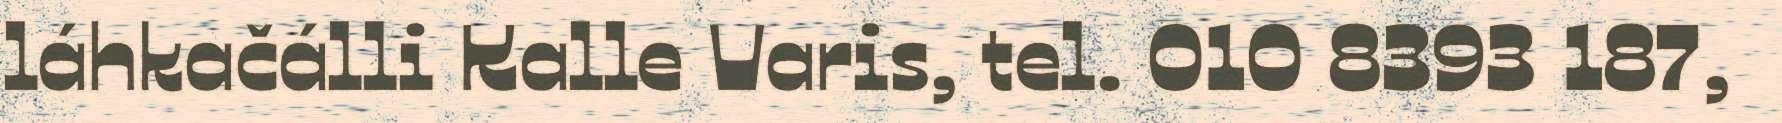
láhkačálli Kalle Varis, tel. 010 8393 187,